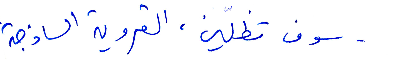
سوف تظلين، القروية الساذجة!